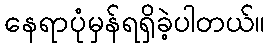
နေရာပုံမှန်ရရှိခဲ့ပါတယ်။